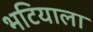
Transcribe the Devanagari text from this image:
भटियाला